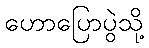
ဟောပြောပွဲသို့